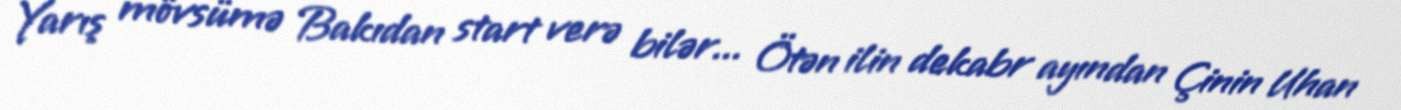
Yarış mövsümə Bakıdan start verə bilər... Ötən ilin dekabr ayından Çinin Uhan